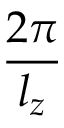
\frac { 2 \pi } { l _ { z } }